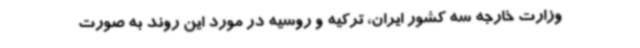
وزارت خارجه سه کشور ایران، ترکیه و روسیه در مورد این روند به صورت